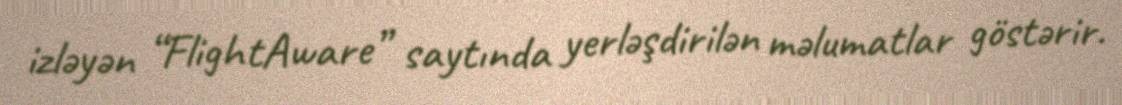
izləyən “FlightAware” saytında yerləşdirilən məlumatlar göstərir.